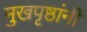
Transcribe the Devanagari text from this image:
मुखपृष्ठांनी